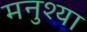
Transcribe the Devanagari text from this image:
मनुश्या